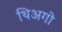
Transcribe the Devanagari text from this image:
थिअगो